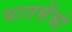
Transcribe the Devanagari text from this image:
यातसेंको